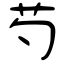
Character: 芍